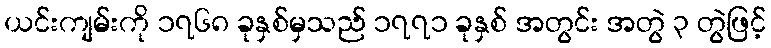
ယင်းကျမ်းကို ၁၇၆၈ ခုနှစ်မှသည် ၁၇၇၁ ခုနှစ် အတွင်း အတွဲ ၃ တွဲဖြင့်